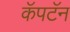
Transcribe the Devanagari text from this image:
कॅपटॅन